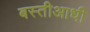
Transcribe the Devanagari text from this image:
बस्तीआधी